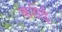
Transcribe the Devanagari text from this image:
कशेई